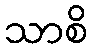
သာစိ